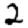
Digit: 2